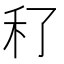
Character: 䄦